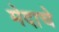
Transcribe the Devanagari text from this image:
मेदाचे